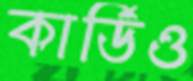
কার্ডিও